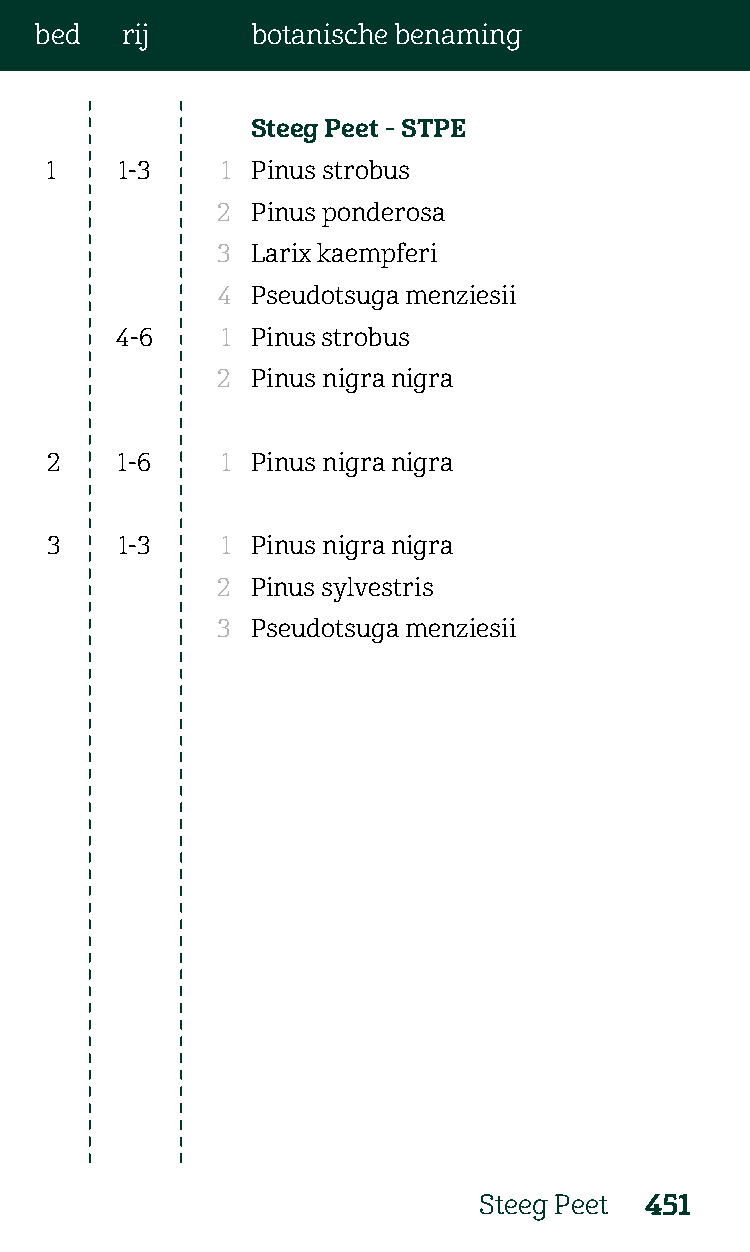
bed   rij      botanische benaming
 Steeg Peet - STPE
 1    1-3    1 Pinus strobus
 2  Pinus ponderosa
 3  Larix kaempferi
 4  Pseudotsuga menziesii
 4-6    1 Pinus strobus
 2  Pinus nigra nigra
 2    1-6    1 Pinus nigra nigra
 3    1-3    1 Pinus nigra nigra
 2  Pinus sylvestris
 3  Pseudotsuga menziesii
 Steeg Peet 451